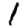
Digit: 1